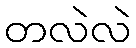
တလဲလဲ